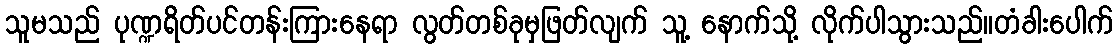
သူမသည် ပုဏ္ဍရိတ်ပင်တန်းကြားနေရာ လွတ်တစ်ခုမှဖြတ်လျက် သူ့ နောက်သို့ လိုက်ပါသွားသည်။တံခါးပေါက်